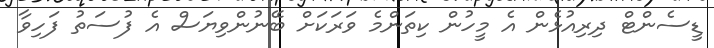
ޑީސެންޓް ދިރިއުޅެން އެ މީހުން ކިތަންމެ ވަރަކަށް ބޭނުންވިޔަސް އެ ފުސަތު ފަހިވާ